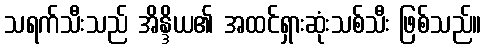
သရက်သီးသည် အိန္ဒိယ၏ အထင်ရှားဆုံးသစ်သီး ဖြစ်သည်။